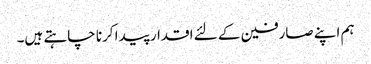
ہم اپنے صارفین کے لئے اقدار پیدا کرنا چاہتے ہیں۔